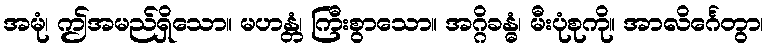
အမုံ၊ ဤအမည်ရှိသော။ မဟန္တံ၊ ကြီးစွာသော။ အဂ္ဂိခန္ဓံ၊ မီးပုံစုကို။ အာလိင်္ဂေတွာ၊